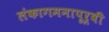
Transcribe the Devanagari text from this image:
लंकागमनापूर्वी